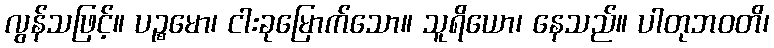
လွန်သဖြင့်။ ပဉ္စမော၊ ငါးခုမြောက်သော။ သူရိယော၊ နေသည်။ ပါတုဘဝတိ၊